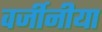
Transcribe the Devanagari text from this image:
वर्जीनीया